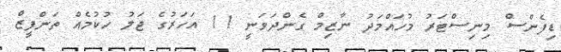
ޑިފެންސް މިނިސްޓަރު މުހައްމަދު ނާޒިމް ގެންދަވަނީ 11 އަހަރުގެ ޖަލު ހުކުމެއް ތަންފީޒް